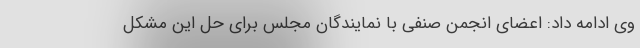
وی ادامه داد: اعضای انجمن صنفی با نمایندگان مجلس برای حل این مشکل